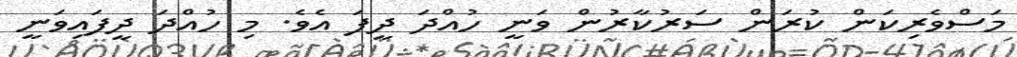
މަސްވެރިކަން ކުރަން ސަރުކާރުން ވަނީ ހުއްދަ ދީފަ އެވެ. މި ހުއްދަ ދީފައިވަނީ